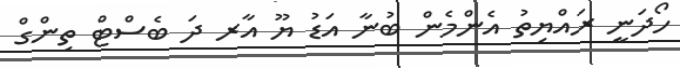
ހޯދަނީ ރައްޔިތު އެންމެން ބުނާ އަޑު ޔޫ އާރ ދަ ބެސްޓް ތިންގް